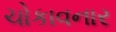
ચોકાવનાર